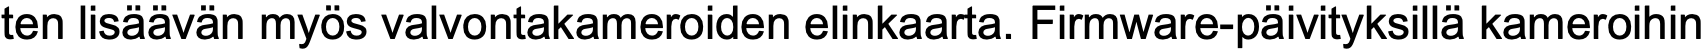
ten lisäävän myös valvontakameroiden elinkaarta. Firmware-päivityksillä kameroihin